Medical and sanitary report of the native army of Madras for the year
Year: 1872
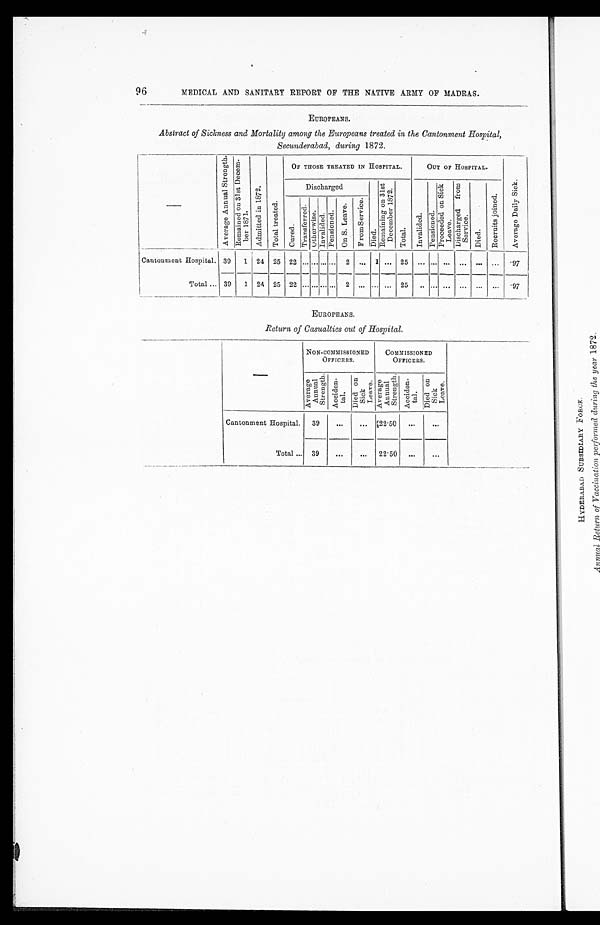
96
MEDICAL AND SANITARY REPORT OF THE NATIVE ARMY OF MADRAS.
EUROPEANS.
Abstract of Sickness and Mortality among the Europeans treated in the Cantonment Hospital,
Secunderabad, during 1872.
—
A v e r a g e A n n u a l S t r e n t h .
R e m a i n e d o n 3 1 s t D e c e m - b e r 1 8 7 1 .
A d m i t t e d i n 1 8 7 2 .
T o t a l t r e a t e d .
OF THOSE TREATED IN HOSPITAL.
OUT OF HOSPITAL.
A v e r a g e D a i l y S i c k .
Discharged
D i e d .
R e m a i n i n g o n 3 1 s t D e c e m b e r 1 8 7 2 .
T o t a l .
I n v a l i d e d . P e n s i o n e d .
P r o c e e d e d o n S i c k L e a v e .
D i s c h a r g e d f r o m S e r v i c e .
D i e d .
R e c r u i t s j o i n e d .
C u r e d .
T r a n s f e r r e d . O t h e r w i s e . I n v a l i d e d . P e n s i o n e d . O n S . L e a v e .
F r o m S e r v i c e .
Cantonment Hospital. 39 1 24 25 22
. . . . . . . . . . . .
2 ... 1 ... 25 ... ... ...
. . .
... ... .97
Total
39 1 24 25 22
. . . . . . . . . . . .
2 ... ... ... 25 ... ... ...
. . .
... ... .97
EUROPEANS.
Return of Casualties out of Hospital.
—
NON-COMMISSIONED
OFFICERS.
COMMISSIONED
OFFICERS.
A v e r a g e A n n u a l S t r e n t h .
A c c i d e n - t a l .
D i e d o n S i c k L e a v e .
A v e r a g e A n n u a l S t r e n g t h .
A c c i d e n - t a l .
D i e d o n S i c k L e a v e .
Cantonment Hospital.
39
...
...
22.50 ...
...
Total
39
...
...
22.50
. . .
. . .